Indian Medical Review
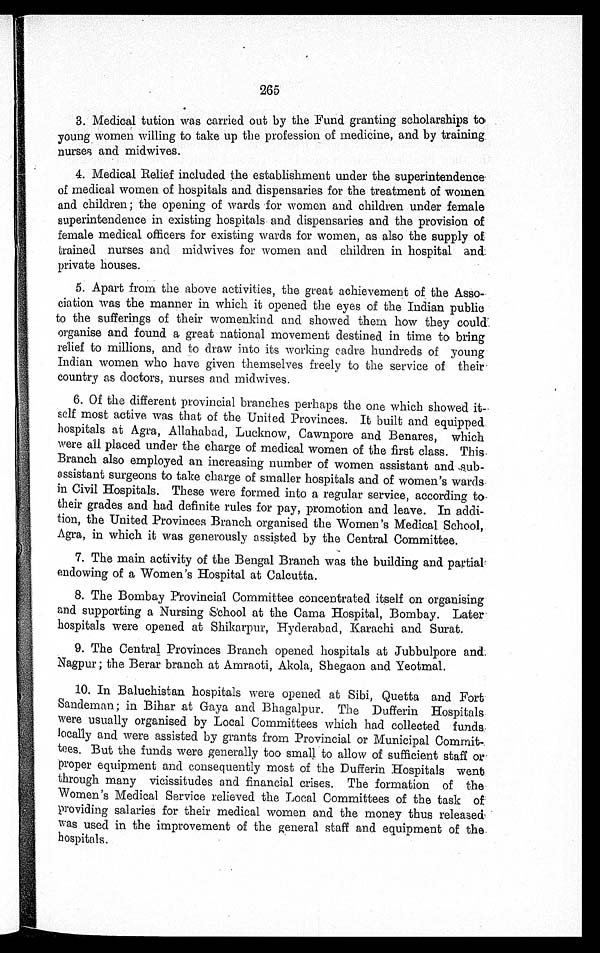
265
3.
Medical tution was carried out by the Fund granting scholarships to
young women willing to take up the profession of medicine, and by training
nurses and midwives.
4.
Medical Relief included the establishment under the superintendence
of medical women of hospitals and dispensaries for the treatment of women
and children; the opening of wards for women and children under female
superintendence in existing hospitals and dispensaries and the provision of
female medical officers for existing wards for women, as also the supply of
trained nurses and midwives for women and children in hospital an
d
private houses.
5.
Apart from the above activities, the great achievement of the Asso
-
ciation was the manner in which it opened the eyes of the Indian public
to the sufferings of their womenkind and showed them how they coul
d
organise and found a great national movement destined in time to bring
relief to millions, and to draw into its working cadre hundreds of young
Indian women who have given themselves freely to the service of their
country as doctors, nurses and midwives.
6.
Of the different provincial branches perhaps the one which showed it
-
self most active was that of the United Provinces. It built and equipped
hospitals at Agra, Allahabad, Lucknow, Cawnpore and Benares, which
were all placed under the charge of medical women of the first class. This
Branch also employed an increasing number of women assistant and
s u b -
assistant surgeons to take charge of smaller hospitals and of women's wards
in Civil Hospitals. These were formed into a regular service, according to
their grades and had definite rules for pay, promotion and leave. In addi
-
tion, the United Provinces Branch organised the Women's Medical School,
Agra, in which it was generously assisted by the Central Committee.
7.
The main activity of the Bengal Branch was the building and partial
endowing of a Women's Hospital at Calcutta.
8.
The Bombay Provincial Committee concentrated itself on organising
and supporting a Nursing School at the Cama Hospital, Bombay. Later
hospitals were opened at Shikarpur, Hyderabad, Karachi and Surat.
9.
The Central Provinces Branch opened hospitals at Jubbulpore an
d
Nagpur; the Berar branch at Amraoti, Akola, Shegaon and Yeotmal.
10. In Baluchistan hospitals were opened at Sibi, Quetta and Fort
Sandeman; in Bihar at Gaya and Bhagalpur. The Dufferin Hospitals
were usually organised by Local Committees which had collected funds
locally and were assisted by grants from Provincial or Municipal Commit
tees. But the funds were generally too small to allow of sufficient staff or
proper equipment and consequently most of the Dufferin Hospitals went
through many vicissitudes and financial crises. The formation of the
Women's Medical Service relieved the Local Committees of the task of
Providing salaries for their medical women and the money thus released
was used in the improvement of the general staff and equipment of the
hospitals.